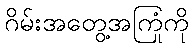
ဂိမ်းအတွေ့အကြုံကို